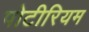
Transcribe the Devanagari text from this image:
पोटीरियम